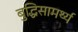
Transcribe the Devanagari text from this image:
बुद्धिसामर्थ्य